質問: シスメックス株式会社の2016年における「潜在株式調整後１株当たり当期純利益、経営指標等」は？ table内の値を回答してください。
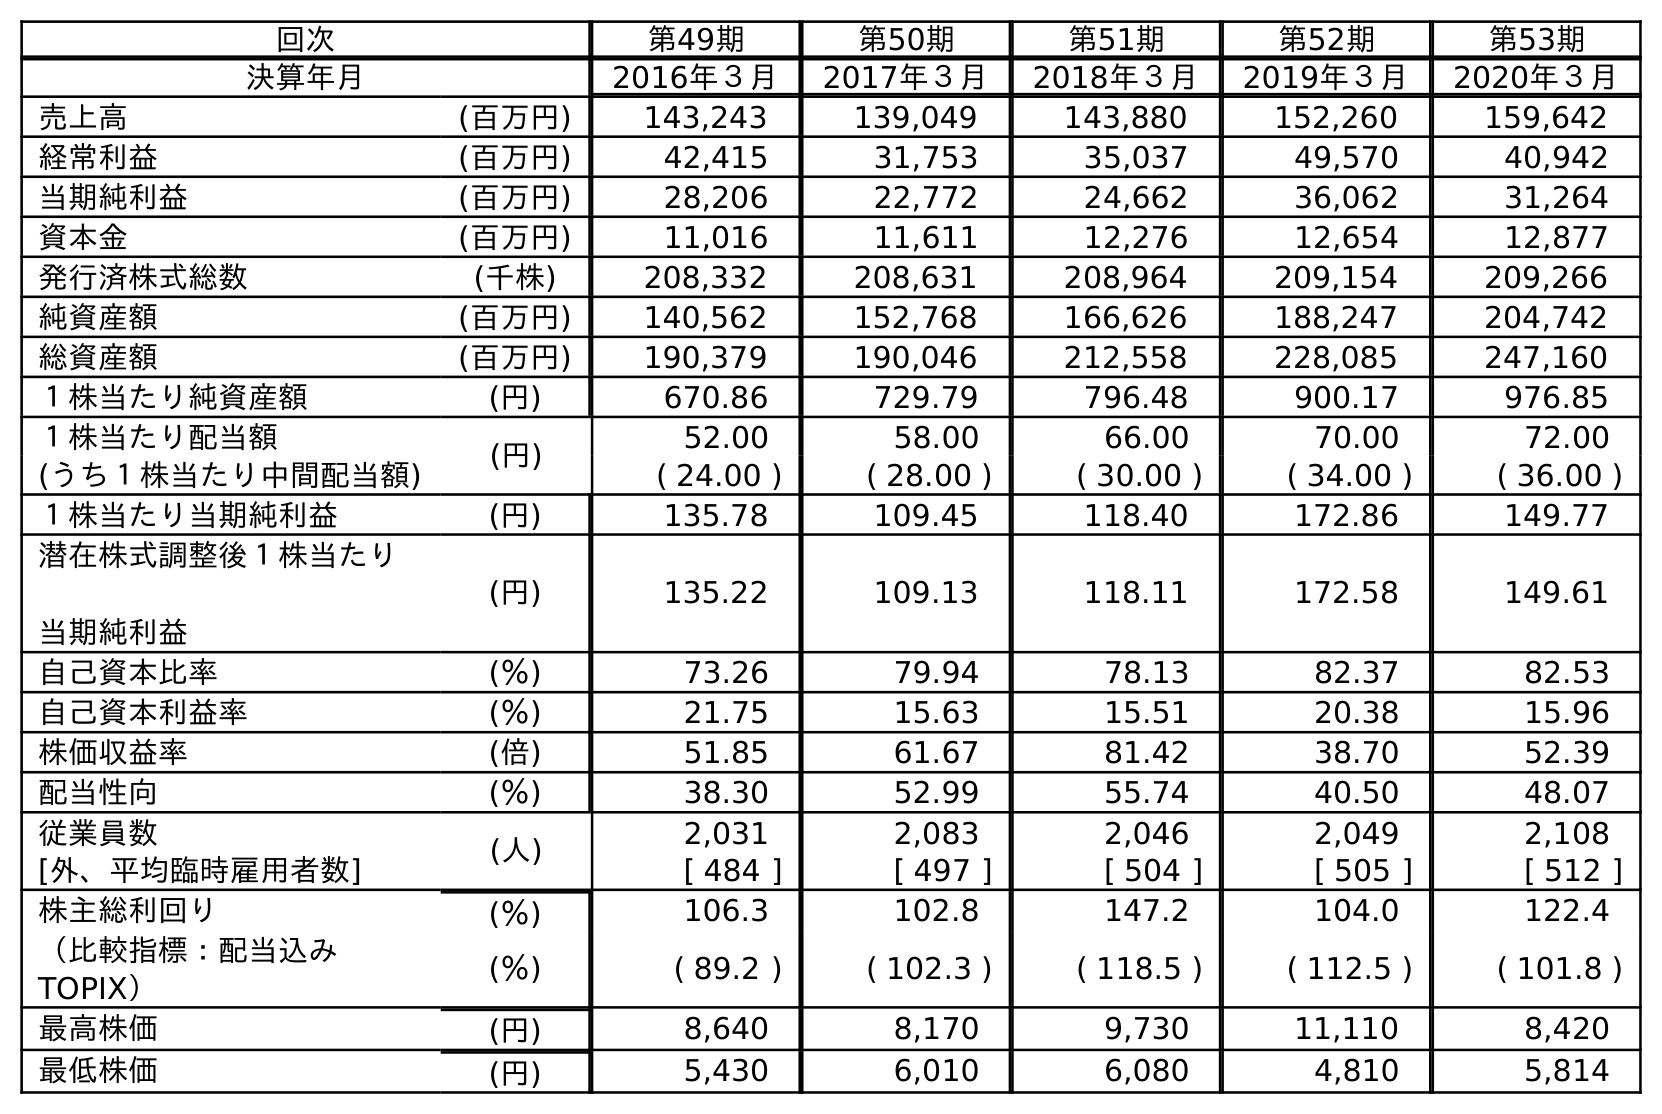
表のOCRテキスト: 回次 第49期 第50期 第51期 第52期 第53期 決算年月 2016年３月 2017年３月 2018年３月 2019年３月 2020年３月 売上高 (百万円) 143,243 139,049 143,880 152,260 159,642 経常利益 (百万円) 42,415 31,753 35,037 49,570 40,942 当期純利益 (百万円) 28,206 22,772 24,662 36,062 31,264 資本金 (百万円) 11,016 11,611 12,276 12,654 12,877 発行済株式総数 (千株) 208,332 208,631 208,964 209,154 209,266 純資産額 (百万円) 140,562 152,768 166,626 188,247 204,742 総資産額 (百万円) 190,379 190,046 212,558 228,085 247,160 １株当たり純資産額 (円) 670.86 729.79 796.48 900.17 976.85 １株当たり配当額 (円) 52.00 58.00 66.00 70.00 72.00 (うち１株当たり中間配当額) ( 24.00 ) ( 28.00 ) ( 30.00 ) ( 34.00 ) ( 36.00 ) １株当たり当期純利益 (円) 135.78 109.45 118.40 172.86 149.77 潜在株式調整後１株当たり 当期純利益 (円) 135.22 109.13 118.11 172.58 149.61 自己資本比率 (％) 73.26 79.94 78.13 82.37 82.53 自己資本利益率 (％) 21.75 15.63 15.51 20.38 15.96 株価収益率 (倍) 51.85 61.67 81.42 38.70 52.39 配当性向 (％) 38.30 52.99 55.74 40.50 48.07 従業員数 (人) 2,031 2,083 2,046 2,049 2,108 [外、平均臨時雇用者数] [ 484 ] [ 497 ] [ 504 ] [ 505 ] [ 512 ] 株主総利回り (％) 106.3 102.8 147.2 104.0 122.4 （比較指標：配当込み TOPIX） (％) ( 89.2 ) ( 102.3 ) ( 118.5 ) ( 112.5 ) ( 101.8 ) 最高株価 (円) 8,640 8,170 9,730 11,110 8,420 最低株価 (円) 5,430 6,010 6,080 4,810 5,814
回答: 135.22